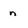
Character: n